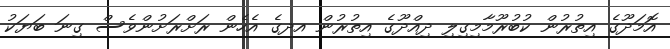
އޮމަދޫގެ އިތުރުން ކުބުރޫމާމިގިލި ދިއްދޫގެ އިތުރުން އދގެ އެހެން ރަށްރަށުންވެސް ގިނަ ބަޔަކު